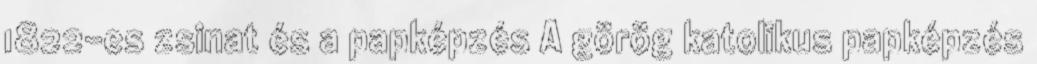
1822-es zsinat és a papképzés A görög katolikus papképzés